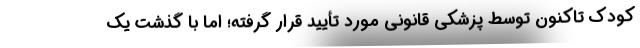
کودک تاکنون توسط پزشکی قانونی مورد تأیید قرار گرفته؛ اما با گذشت یک